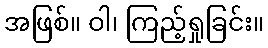
အဖြစ်။ ဝါ၊ ကြည့်ရှုခြင်း။